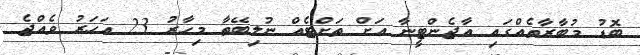
ބޮޑު މުބާރާތެއްގައި އާޖެންޓީނާ އަށް ތަށްޓެއް ނުލިބޭތާ މިހާރު 23 އަހަރު ވެއްޖެ